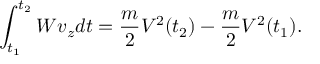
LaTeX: \int _ { t _ { 1 } } ^ { t _ { 2 } } W v _ { z } d t = { \frac { m } { 2 } } V ^ { 2 } ( t _ { 2 } ) - { \frac { m } { 2 } } V ^ { 2 } ( t _ { 1 } ) .